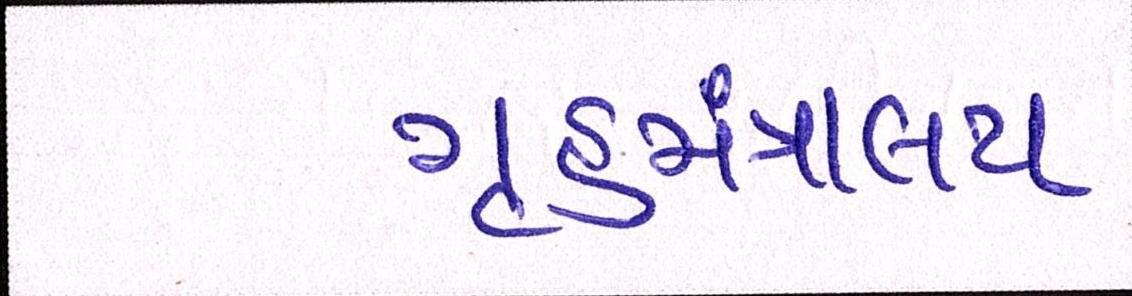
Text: ગૃહમંત્રાલય